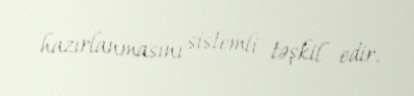
hazırlanmasını sistemli təşkil edir.